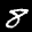
Label: 8